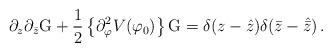
LaTeX: \begin{align*}\partial_z\partial_{\bar{z}}\mbox{G}+\frac{1}{2}\left\{\partial_{\varphi}^2V(\varphi_0)\right\}\mbox{G}=\delta(z-\hat{z})\delta(\bar{z}-\hat{\bar{z}})\,.\end{align*}